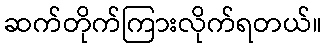
ဆက်တိုက်ကြားလိုက်ရတယ်။